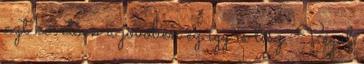
azt követően a jövőben ez így is lesz. Végül